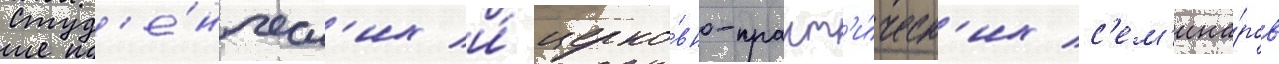
студ'е́нческ'их и́ церко́вно-практ'и́ческ'их с'ем'ина́ров